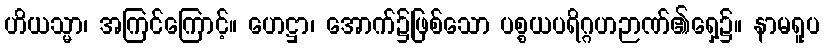
ဟိယသ္မာ၊ အကြင်ကြောင့်။ ဟေဋ္ဌာ၊ အောက်၌ဖြစ်သော ပစ္စယပရိဂ္ဂဟဉာဏ်၏ရှေ့၌။ နာမရူပ